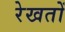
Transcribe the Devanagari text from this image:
रेखतों